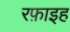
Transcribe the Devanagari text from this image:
रफ़ाइह